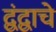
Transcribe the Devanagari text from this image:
द्वंद्वाचे